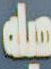
ميك